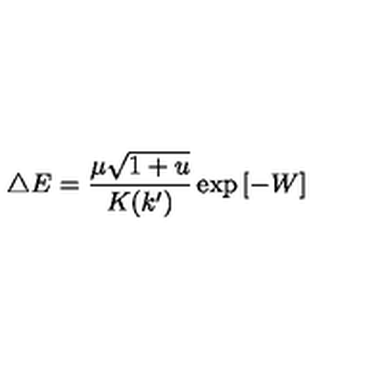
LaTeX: \triangle E = \frac { \mu \sqrt { 1 + u } } { K ( k ^ { \prime } ) } \exp { [ - W ] }